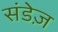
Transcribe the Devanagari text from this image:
संडेज़